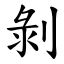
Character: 剝